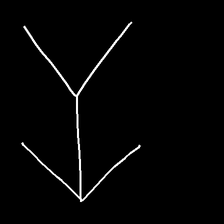
Glyph: gather